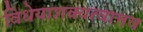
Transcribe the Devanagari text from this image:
विधेयाशक्यत्वात्तव